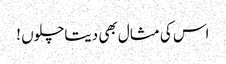
اس کی مثال بھی دیتاچلوں !